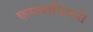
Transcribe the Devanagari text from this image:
कसबाविषयी